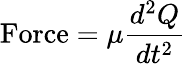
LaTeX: \mathrm{Force}=\mu{\frac{d^{2}Q}{dt^{2}}}